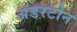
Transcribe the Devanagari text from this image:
अंडरटोन